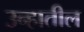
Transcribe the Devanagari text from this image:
उन्हातील